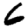
Digit: 6